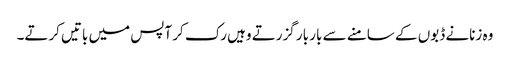
وہ زنانے ڈبوں کے سامنے سے بار بار گزرتے وہیں رک کر آپس میں باتیں کرتے۔